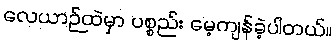
လေယာဉ်ထဲမှာ ပစ္စည်း မေ့ကျန်ခဲ့ပါတယ်။